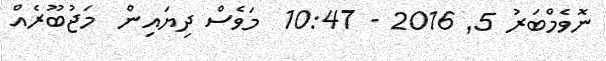
ނޮވެމްބަރު 5